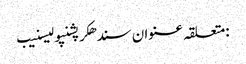
:متعلقہ عنوان سندھکرپشنپولیسنیب